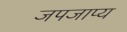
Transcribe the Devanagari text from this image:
जपजाप्य